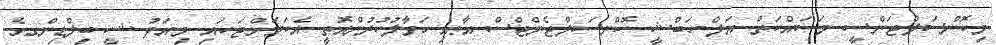
މިކޮންސަލްޓަންސީ މަސައްކަތް އަލް-ހަބްޝީ ކޮންސަލްޓެންޓްސް އާއި ހަވާލުކުރުންއޮތީ އެކަމަށްޓަކައި މިއަދު ޝީ ބިލްޑިންގގެ